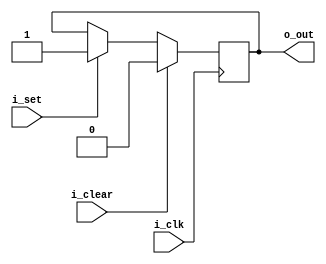
`default_nettype   none
module latch1(i_clk, i_set,
	i_clear, o_out);

parameter W=1;

input wire i_clk;
input wire [W-1:0] i_set;
input wire i_clear;
output reg [W-1:0] o_out;

genvar i;
generate for (i = 0; i < W; i = i + 1)
always @(posedge i_clk) begin
if (i_set[i])
	o_out[i] <= 1;
if (i_clear)
	o_out[i] <= 0;
end
endgenerate

endmodule